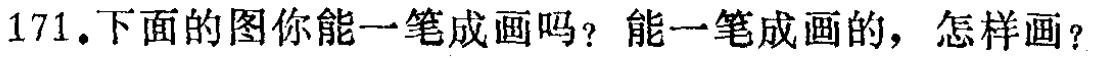
171.下面的图你能一笔成画吗？能一笔成画的，怎样画？